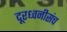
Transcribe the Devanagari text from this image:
दूरध्वनीसंच